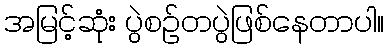
အမြင့်ဆုံး ပွဲစဥ်တပွဲဖြစ်နေတာပါ။